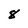
Character: 8